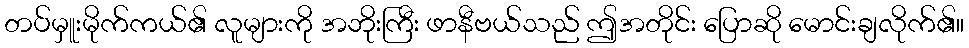
တပ်မှူးမိုက်ကယ်၏ လူများကို အဘိုးကြီး ဖာနီဗယ်သည် ဤအတိုင်း ပြောဆို မောင်းချလိုက်၏။